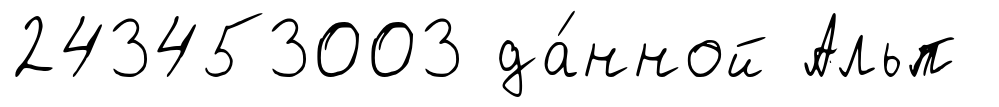
243453003 да́нной Альп